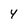
Character: 4